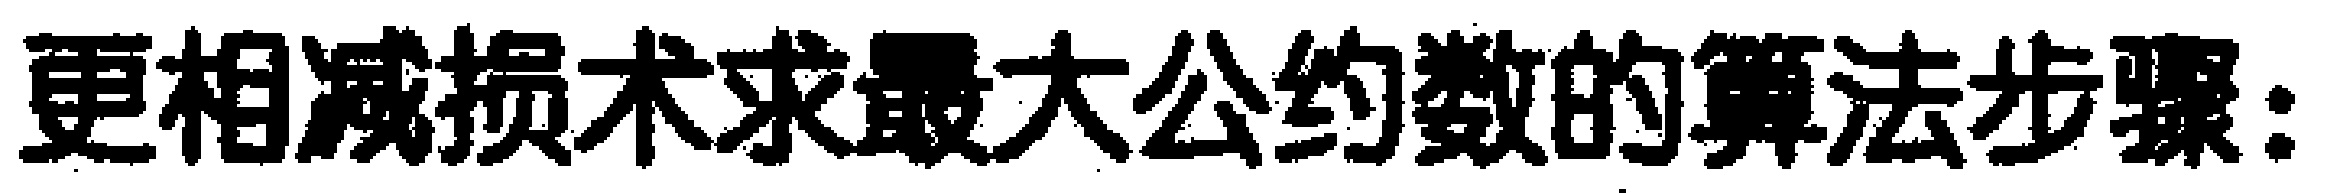
更相减损术求最大公约数的算法步骤：